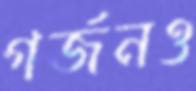
গর্জনও